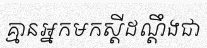
គ្មានអ្នកមកស្តីដណ្តឹងជា